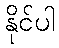
နိုင်ပါ